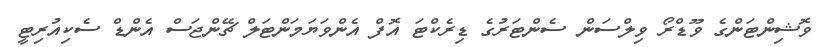
ވޮޝިންޓަންގެ ވޫޑްރޯ ވިލްސަން ސެންޓަރުގެ ޑިރެކްޓަ އޮފް އެންވަޔަމަންޓަލް ޗޭންޖަސް އެންޑް ސެކިއުރިޓީ